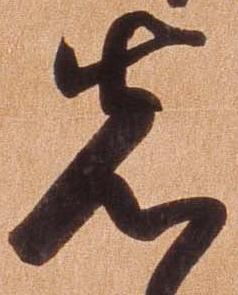
先